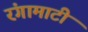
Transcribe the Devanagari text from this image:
रंगामाटी